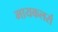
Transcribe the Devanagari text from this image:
मायकलर्स